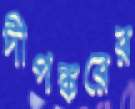
দীপঙ্করের